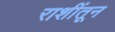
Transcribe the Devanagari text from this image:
राशींतून